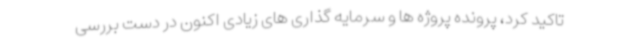
تاکید کرد، پرونده پروژه ها و سرمایه گذاری های زیادی اکنون در دست بررسی